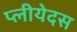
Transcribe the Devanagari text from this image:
प्लीयेदस